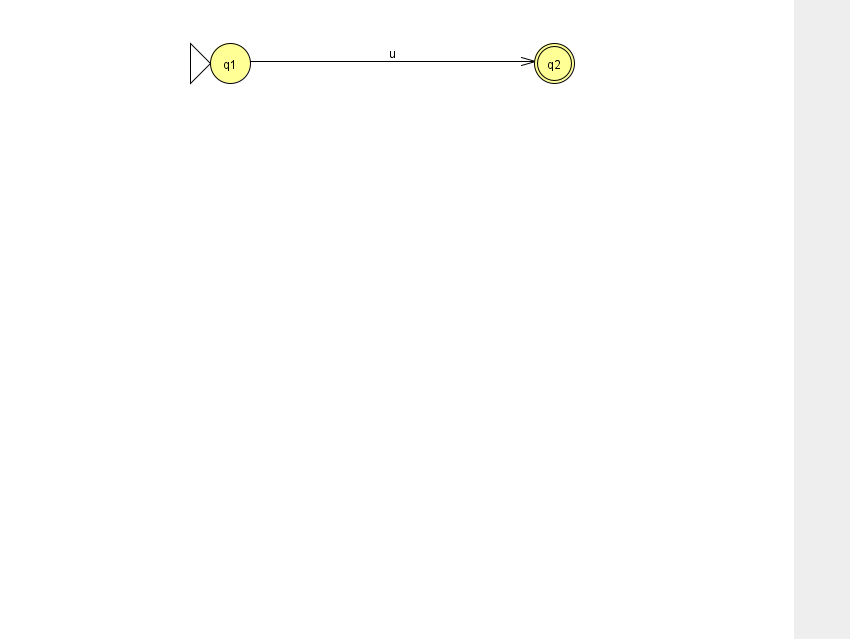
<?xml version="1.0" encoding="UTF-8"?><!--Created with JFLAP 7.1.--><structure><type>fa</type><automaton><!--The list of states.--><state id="1" name="q1"><x>230.0</x><y>50.0</y><initial/></state><state id="2" name="q2"><x>554.0</x><y>50.0</y><final/></state><!--The list of transitions.--><transition><from>1</from><to>2</to><read>u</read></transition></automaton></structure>